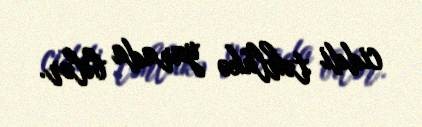
ciddi təhlükə yarada bilər.